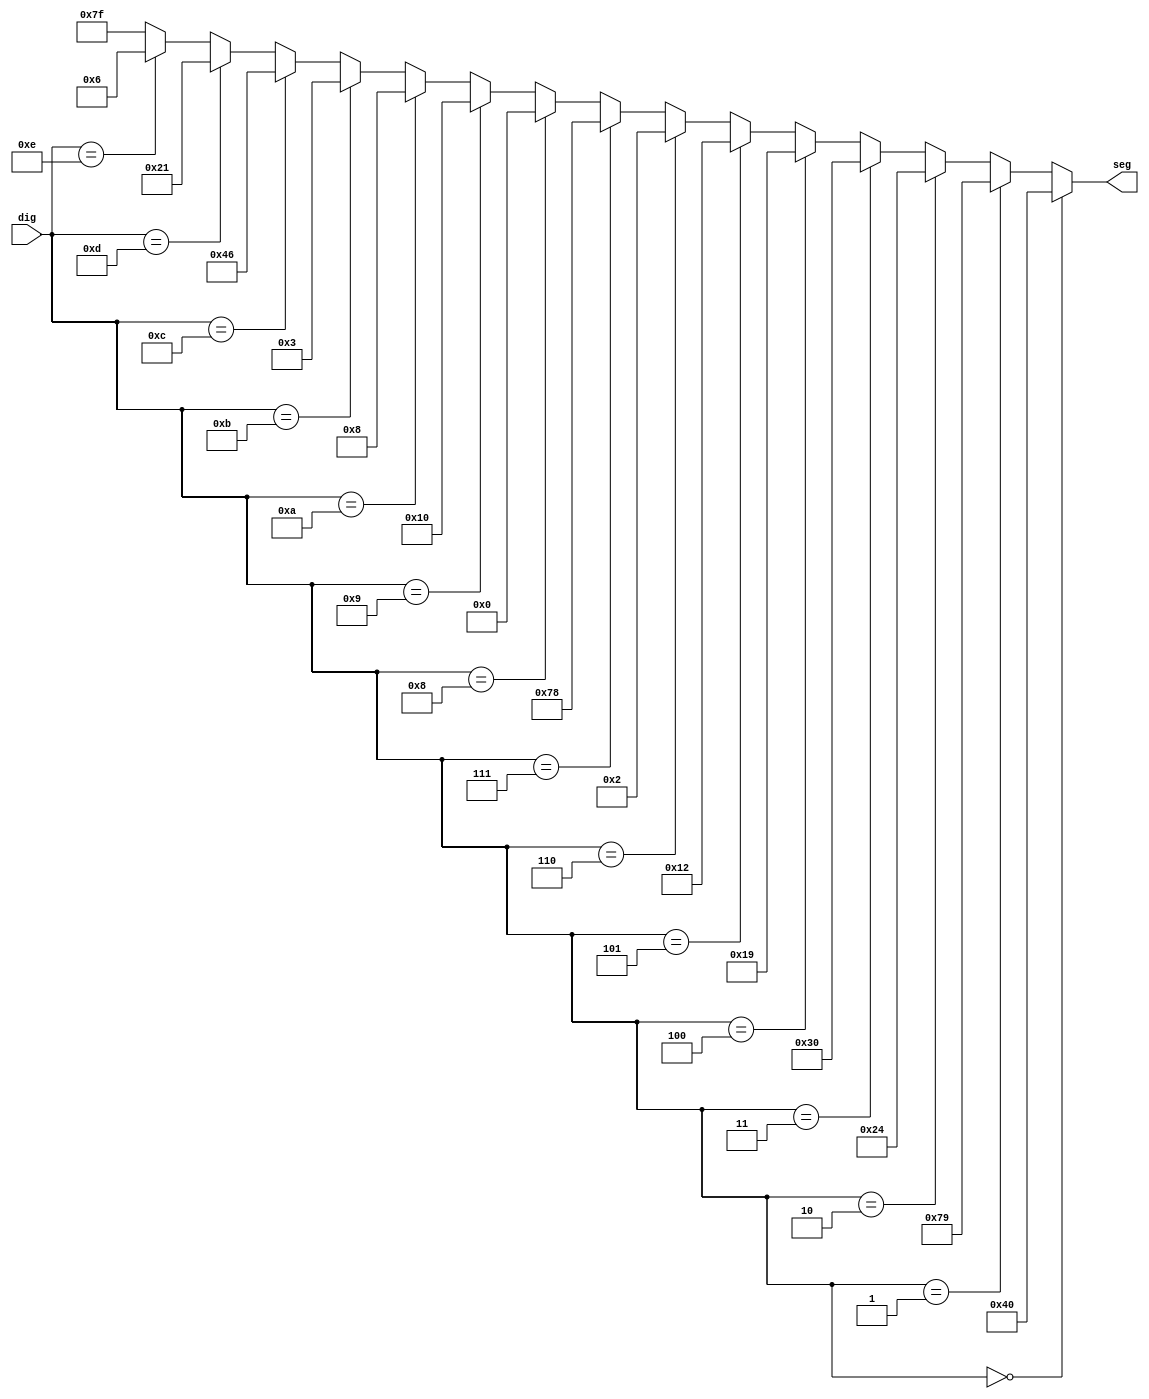
`timescale 1ns / 1ps
//////////////////////////////////////////////////////////////////////////////////
// Company: 
// Engineer: 
// 
// Design Name: 
// Module Name:    D7seg 
// Project Name: 
// Target Devices: 
// Tool versions: 
// Description: 
//
// Dependencies: 
//
// Revision: 
// Revision 0.01 - File Created
// Additional Comments: 
//
//////////////////////////////////////////////////////////////////////////////////
module D7seg(
    input [3:0] dig,
    output wire [6:0] seg
    );
assign seg =	(dig == 0)?7'b1000000:
					(dig == 1)?7'b1111001:
					(dig == 2)?7'b0100100:
					(dig == 3)?7'b0110000:
					(dig == 4)?7'b0011001:
					(dig == 5)?7'b0010010:
					(dig == 6)?7'b0000010:
					(dig == 7)?7'b1111000:
					(dig == 8)?7'b0000000:
					(dig == 9)?7'b0010000:
				(dig == 4'hA)?7'b0001000:
				(dig == 4'hB)?7'b0000011:
				(dig == 4'hC)?7'b1000110:
				(dig == 4'hD)?7'b0100001:
				(dig == 4'hE)?7'b0000110:
								  7'b1111111;

endmodule